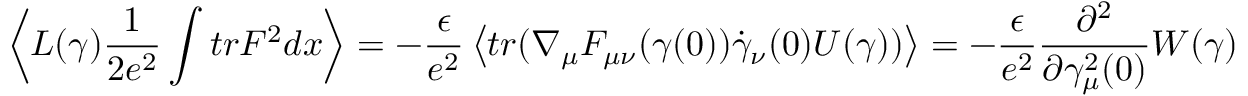
\left< L ( \gamma ) \frac { 1 } { 2 e ^ { 2 } } \int t r F ^ { 2 } d x \right> = - \frac { \epsilon } { e ^ { 2 } } \left< t r ( \nabla _ { \mu } F _ { \mu \nu } ( \gamma ( 0 ) ) \dot { \gamma } _ { \nu } ( 0 ) U ( \gamma ) ) \right> = - \frac { \epsilon } { e ^ { 2 } } \frac { \partial ^ { 2 } } { \partial \gamma _ { \mu } ^ { 2 } ( 0 ) } W ( \gamma )